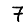
Digit: 7